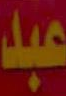
عبد